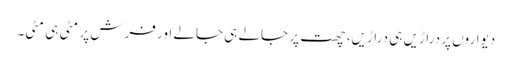
دیواروں پر دراڑیں ہی دراڑیں، چھت پر جالے ہی جالے اور فرش پر مٹی ہی مٹی۔